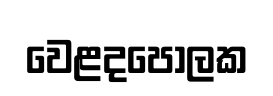
වෙළදපොලක